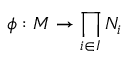
\phi : M \to \prod _ { i \in I } N _ { i }